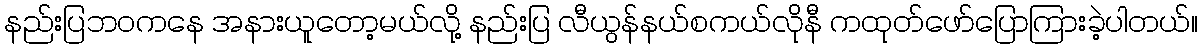
နည်းပြဘဝကနေ အနားယူတော့မယ်လို့ နည်းပြ လီယွန်နယ်စကယ်လိုနီ ကထုတ်ဖော်ပြောကြားခဲ့ပါတယ်။